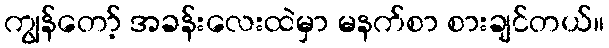
ကျွန်တော့် အခန်းလေးထဲမှာ မနက်စာ စားချင်တယ်။